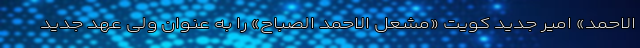
الاحمد» امیر جدید کویت «مشعل الاحمد الصباح» را به عنوان ولی عهد جدید